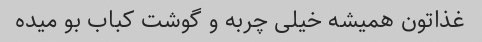
غذاتون همیشه خیلی چربه و گوشت کباب بو میده